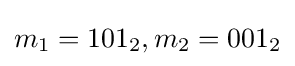
m_{1}=101_{2},m_{2}=001_{2}